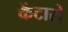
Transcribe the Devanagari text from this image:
केंटारो